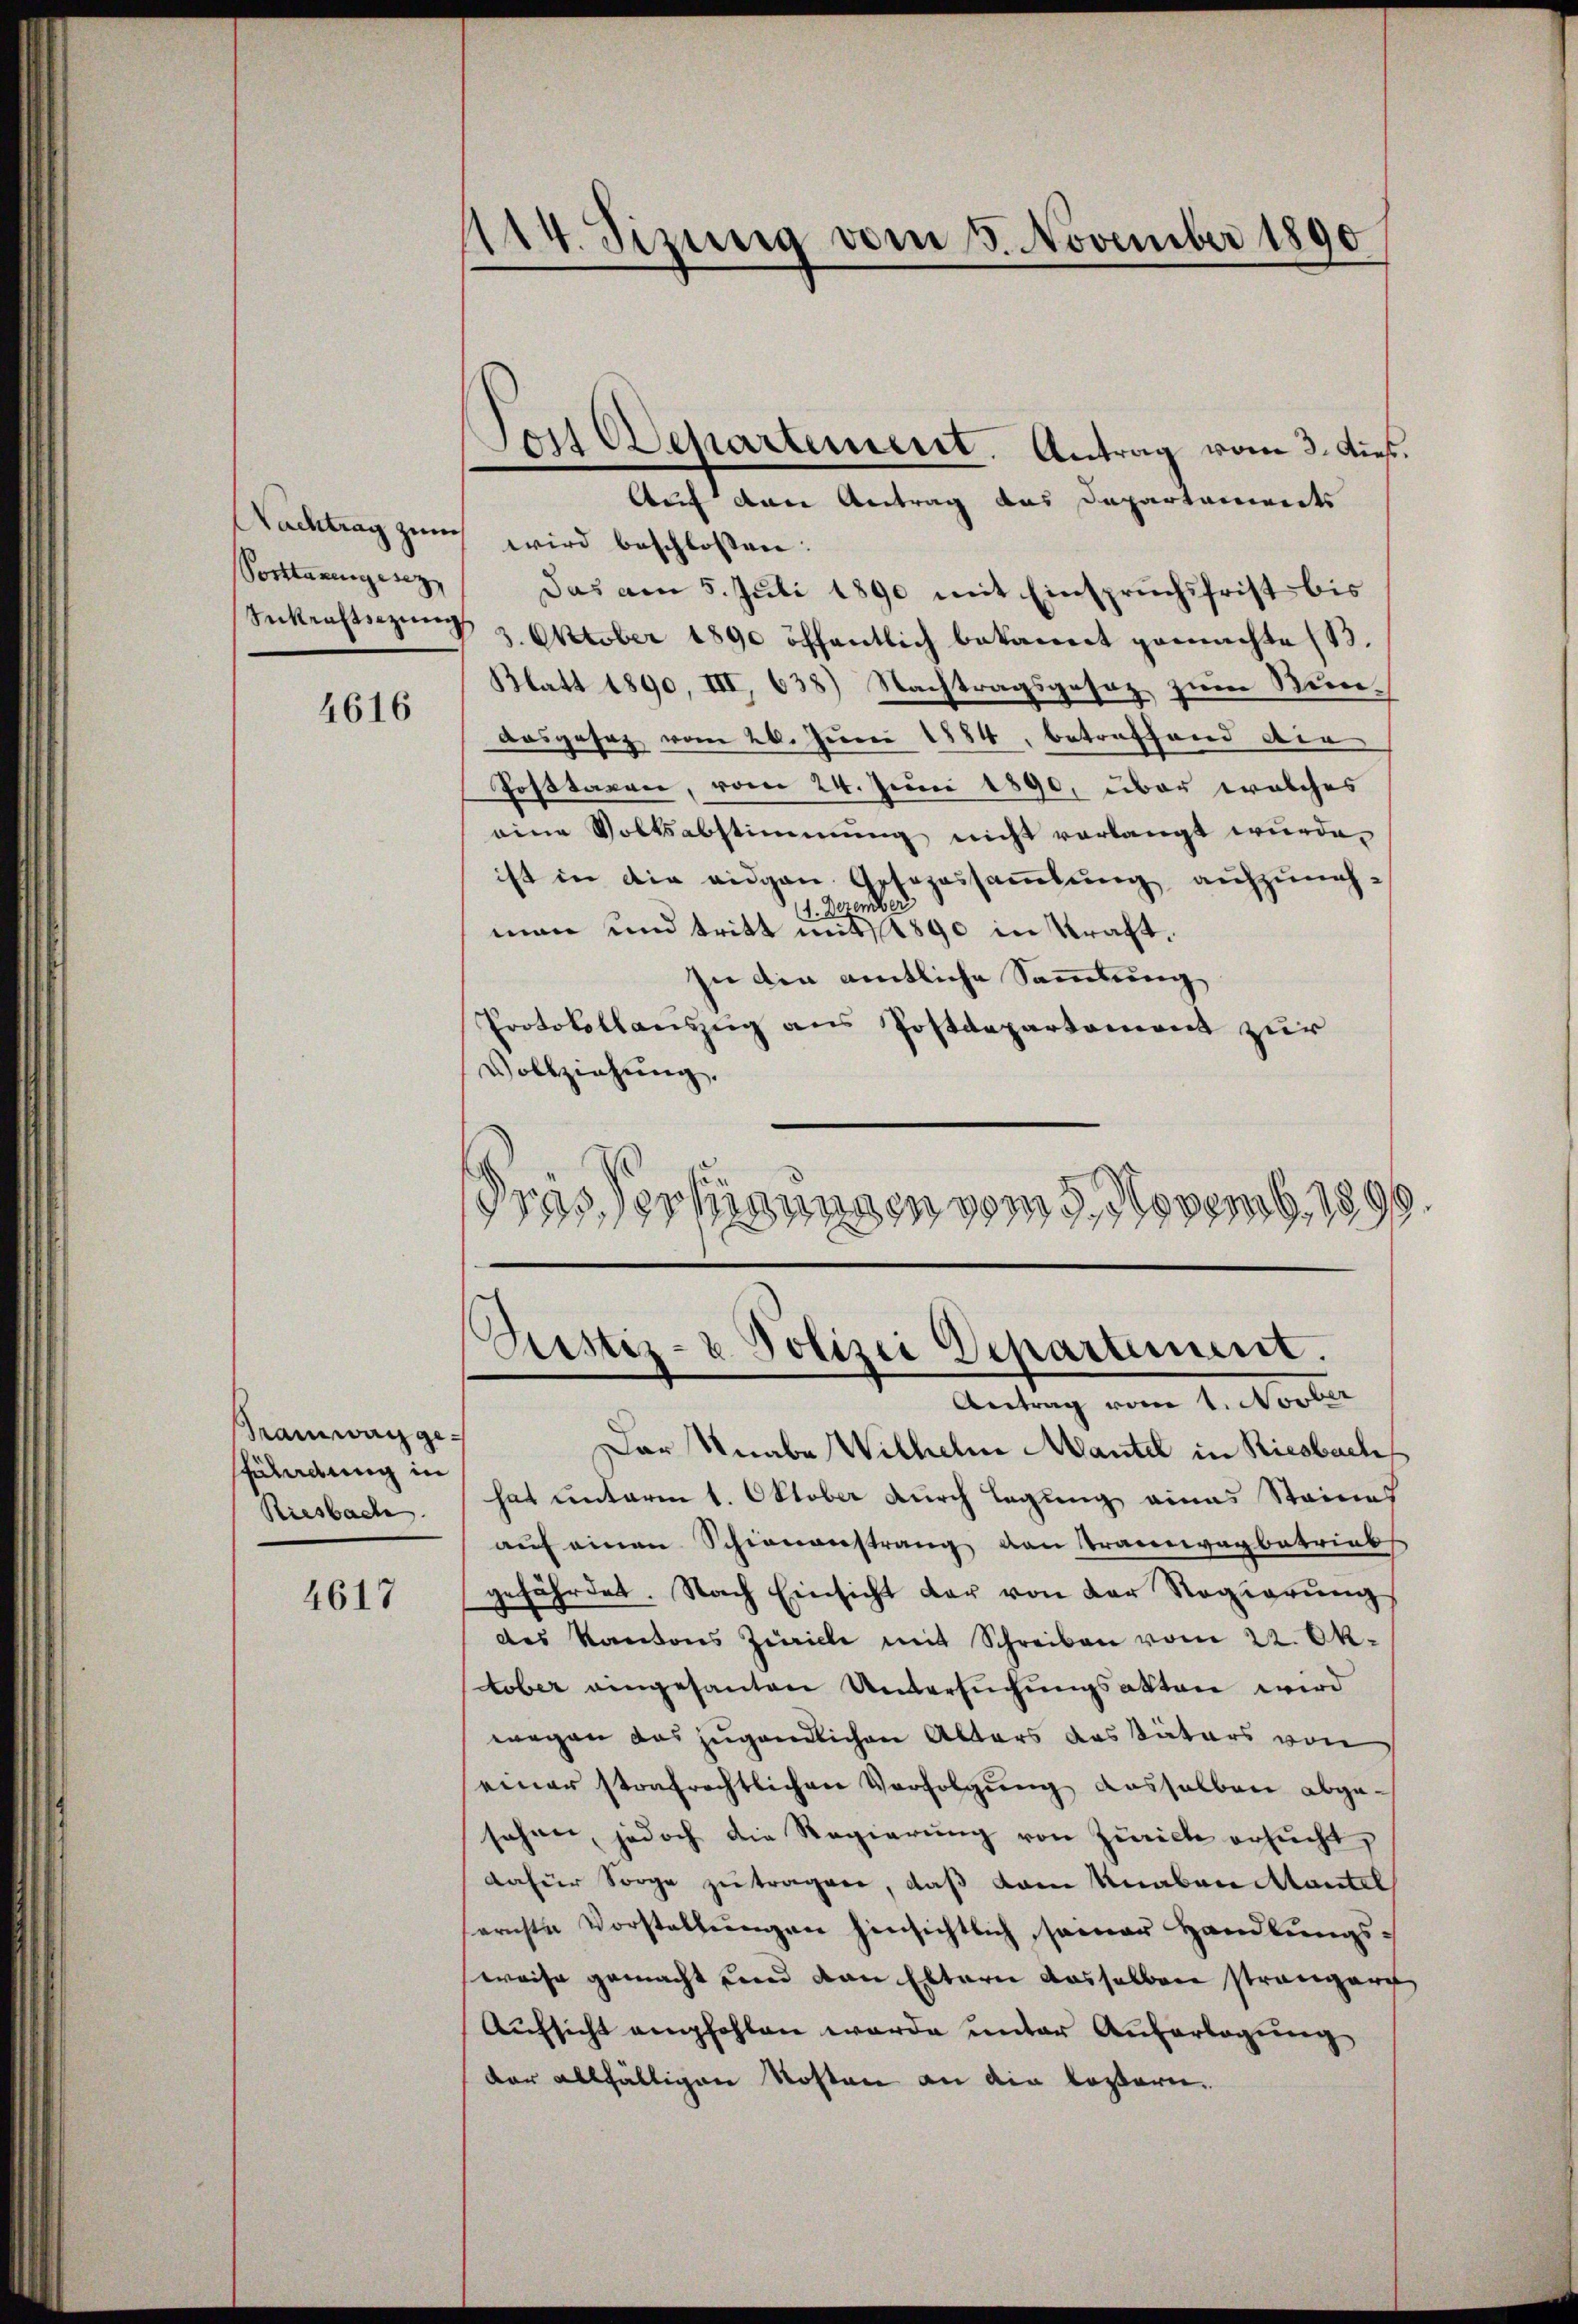
Posttanengesez

4616

Saiwangesüladung in
Riesbach

4617

114. Sizung vom 3. November 1890

Auf den Antrag das Departenwerts
Nachtrag zum wird beschlossen:
Das am 5. Juli 1890 mit Einspruchsfrist bis
Inkerstüzung 3. Oktober 1890 öffentlich bekannt gemachte (1.
Blatt 1890, III, 638) Nachtragsgesez zum Stunaosgesez vom 26. Juni 1884, betreffend die
Posttaren, vom 24. Juni 1890, über welches
eine Volksabstimmung nicht verlangt wurde.
ist in die eigen Gesezessammlung aufzunehmenber
1. D
man und tritt mit 1890 in Straft.
In den amtliche Sammlung
Protokollauszug aus Postdepartement zur
Vollziehung.
.
drassertigungen vom 3. Novemb. 180

ois Departement. Antrag vom 3. dies

Pristiz- & Polizei Departement.

Antrag vom 1. Novber
Der Knabe Wilhelm Mantel in Riesbach
hat unterm 1. Oktober durch Legung eines Steines
aŭf einen Schienanstrang von Tramwagbetriebs
gefährdet. Nach Einsicht der von der Regierung
des Kantons Züricle mit Schreiben vom 22. Ok-
tober eingesanten Untersuchungsakten wird
wegen das jugendlichen Alters das Vaters von
einer strafrechtlichen Verfolgung dasselben abgesehen, jedoch die Regierung von Zürich ersucht,
dafür Sorge zu tragen, daß kam Knaben tantel
ernste Vorstellŭngen hinsichtlich seiner Handlungsweise gemacht und von Eltern dasselben strangere
Aŭfsicht empfohlen werde unter Ausartagung
der allfälligen Kosten an die leztern.